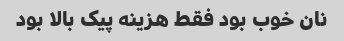
نان خوب بود فقط هزینه پیک بالا بود